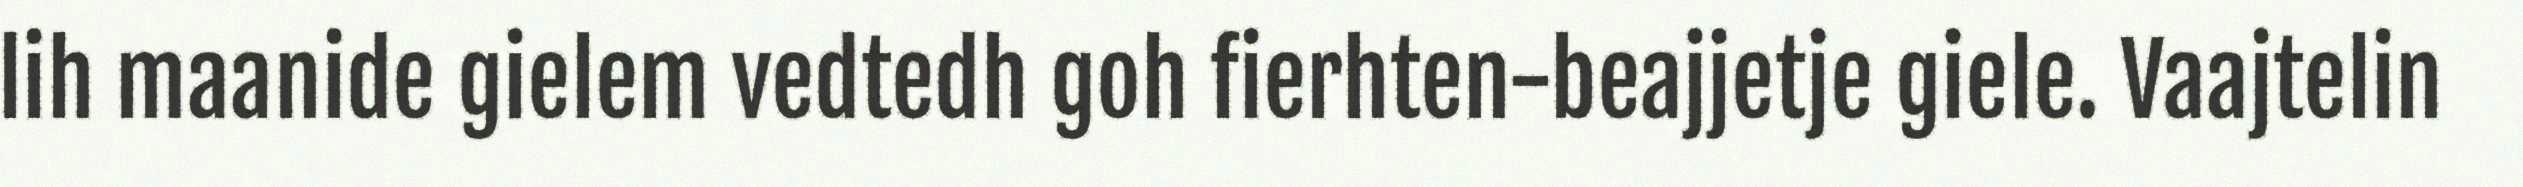
lih maanide gielem vedtedh goh fierhten-beajjetje giele. Vaajtelin